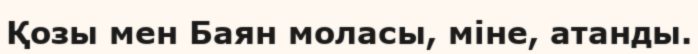
Қозы мен Баян моласы, міне, атанды.